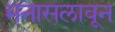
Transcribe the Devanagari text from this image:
मनासलावून